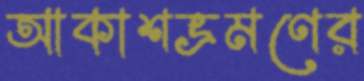
আকাশভ্রমণের